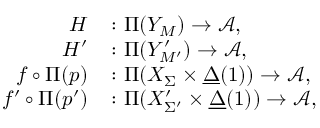
\begin{array} { r l } { H } & { \colon \Pi ( Y _ { M } ) \to \mathcal { A } , } \\ { H ^ { \prime } } & { \colon \Pi ( Y _ { M ^ { \prime } } ^ { \prime } ) \to \mathcal { A } , } \\ { f \circ \Pi ( p ) } & { \colon \Pi ( X _ { \Sigma } \times \underline { { \Delta } } ( 1 ) ) \to \mathcal { A } , } \\ { f ^ { \prime } \circ \Pi ( p ^ { \prime } ) } & { \colon \Pi ( X _ { \Sigma ^ { \prime } } ^ { \prime } \times \underline { { \Delta } } ( 1 ) ) \to \mathcal { A } , } \end{array}